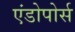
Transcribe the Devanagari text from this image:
एंडोपोर्स